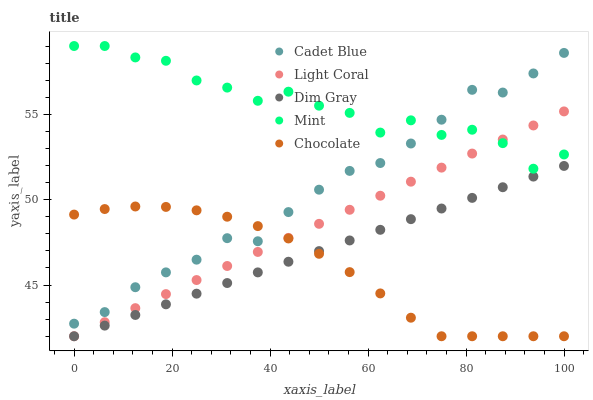
| xaxis_label | Cadet Blue | Light Coral | Dim Gray | Mint | Chocolate |
 | --- | --- | --- | --- | --- | --- |
 | 0 | 42.7 | 42 | 42 | 59 | 49.1 |
 | 6.25 | 43.4 | 42.8 | 42.6 | 59 | 49.5 |
 | 12.5 | 44.9 | 43.6 | 43.2 | 58.3 | 49.6 |
 | 18.8 | 45.7 | 44.5 | 43.9 | 58.1 | 49.6 |
 | 25 | 46.5 | 45.3 | 44.5 | 57 | 49.4 |
 | 31.2 | 47.7 | 46.1 | 45.1 | 56.6 | 49 |
 | 37.5 | 47.6 | 46.9 | 45.7 | 55.8 | 48.5 |
 | 43.8 | 49.3 | 47.8 | 46.4 | 56.3 | 47.7 |
 | 50 | 50.6 | 48.6 | 47 | 55.5 | 46.8 |
 | 56.2 | 51.7 | 49.4 | 47.6 | 55.1 | 45.8 |
 | 62.5 | 52.1 | 50.2 | 48.2 | 53.9 | 44.5 |
 | 68.8 | 53.3 | 51.1 | 48.9 | 54.6 | 43.1 |
 | 75 | 54.7 | 51.9 | 49.5 | 53.8 | 42 |
 | 81.2 | 56.4 | 52.7 | 50.1 | 54.1 | 42 |
 | 87.5 | 56.3 | 53.5 | 50.7 | 53.3 | 42 |
 | 93.8 | 57.4 | 54.3 | 51.4 | 51.8 | 42 |
 | 100 | 58.6 | 55.2 | 52 | 52.6 | 42 |